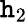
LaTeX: \mathtt{h}_{2}